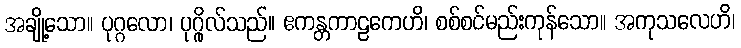
အချို့သော။ ပုဂ္ဂလော၊ ပုဂ္ဂိုလ်သည်။ ဧကန္တကာဠကေဟိ၊ စစ်စင်မည်းကုန်သော။ အကုသလေဟိ၊